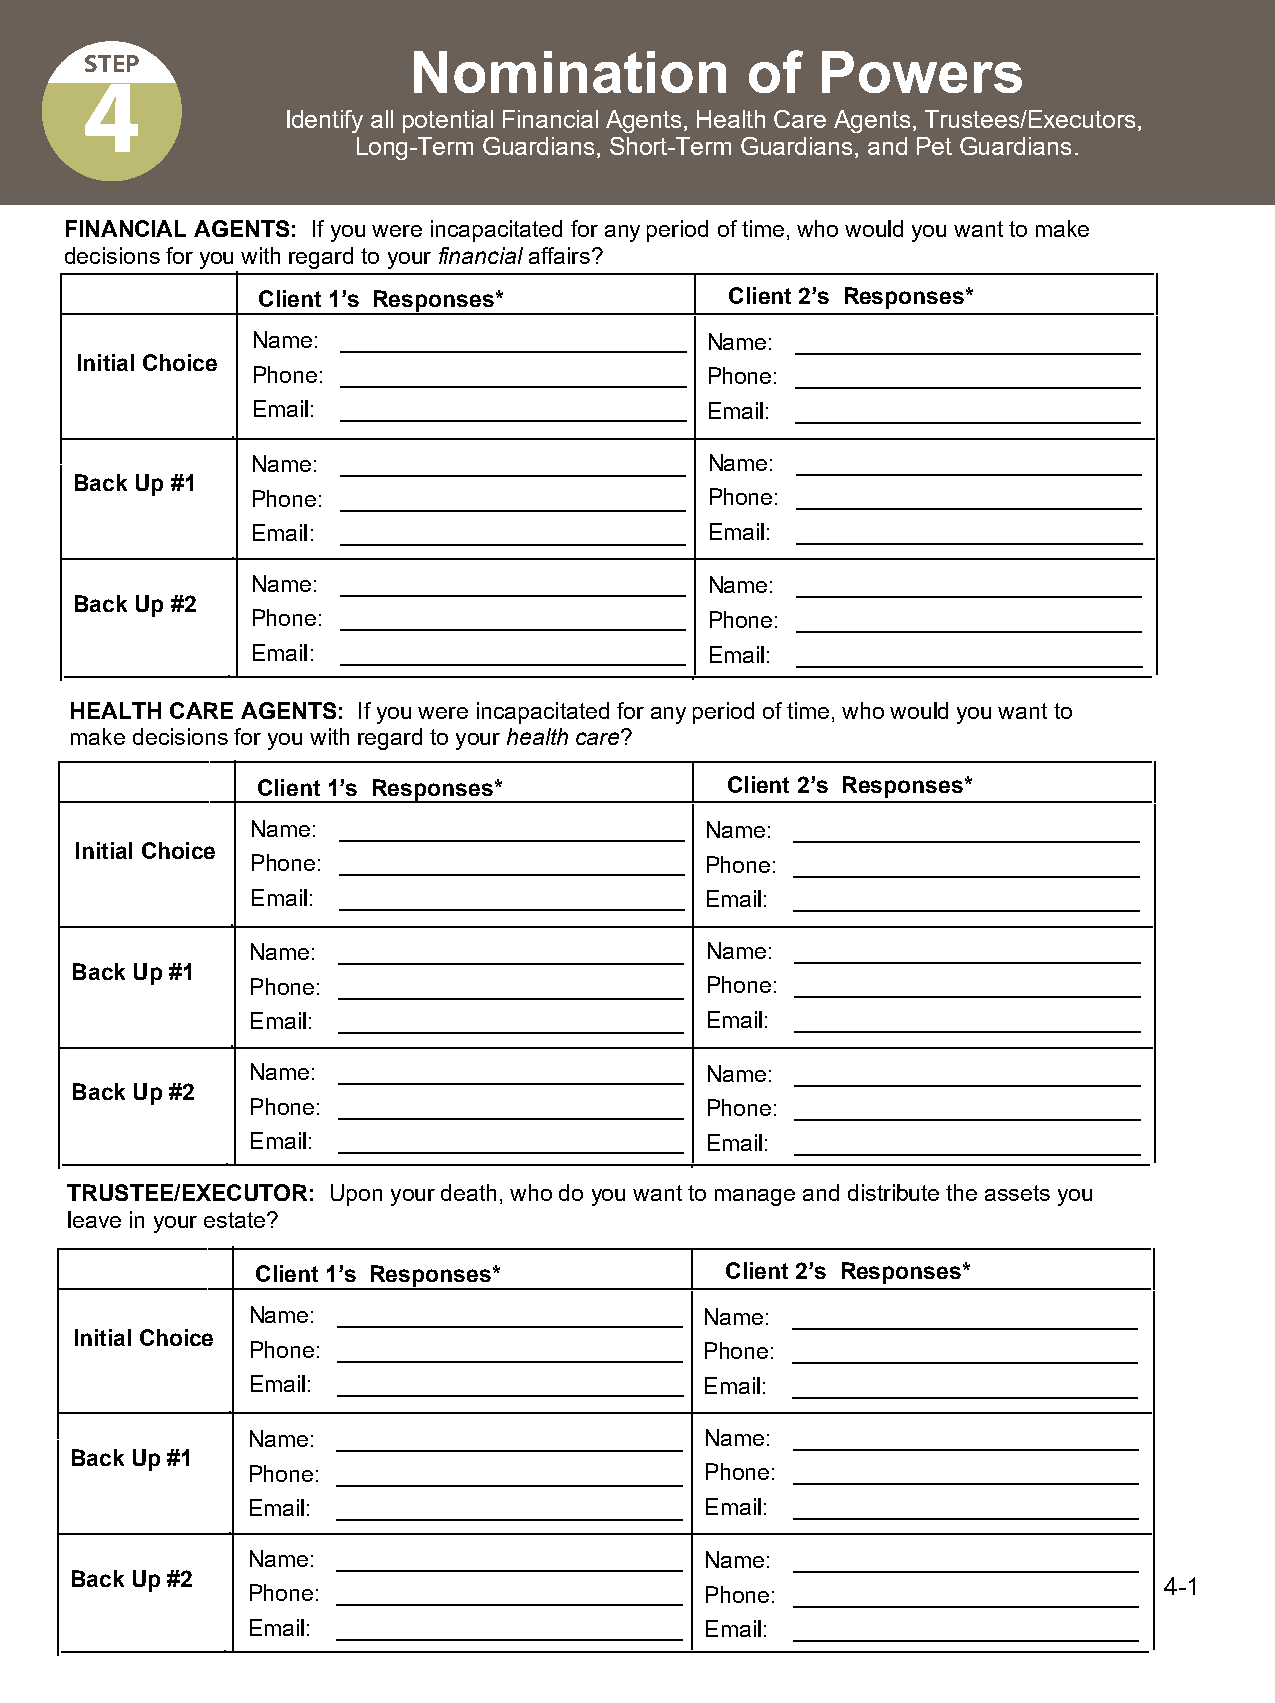
STEP                 Nomination            of   Powers
 4
 Identify all potential Financial Agents, Health Care Agents, Trustees/Executors,
 Long-Term Guardians, Short-Term Guardians, and Pet Guardians.
 FINANCIAL AGENTS: If you were incapacitated for any period of time, who would you want to make
 decisions for you with regard to your financial affairs?
 Client 1’s Responses*          Client 2’s Responses*
 Name: ___________________________ Name: ___________________________
 Initial Choice
 Phone: ___________________________ Phone: ___________________________
 Email: ___________________________ Email: ___________________________
 Name: ___________________________ Name: ___________________________
 Back Up #1
 Phone: ___________________________ Phone: ___________________________
 Email: ___________________________ Email: ___________________________
 Name: ___________________________ Name: ___________________________
 Back Up #2
 Phone: ___________________________ Phone: ___________________________
 Email: ___________________________ Email: ___________________________
 HEALTH CARE AGENTS: If you were incapacitated for any period of time, who would you want to
 make decisions for you with regard to your health care?
 Client 1’s Responses*          Client 2’s Responses*
 Name: ___________________________ Name: ___________________________
 Initial Choice
 Phone: ___________________________ Phone: ___________________________
 Email: ___________________________ Email: ___________________________
 Name: ___________________________ Name: ___________________________
 Back Up #1
 Phone: ___________________________ Phone: ___________________________
 Email: ___________________________ Email: ___________________________
 Name: ___________________________ Name: ___________________________
 Back Up #2
 Phone: ___________________________ Phone: ___________________________
 Email: ___________________________ Email: ___________________________
 TRUSTEE/EXECUTOR: Upon your death, who do you want to manage and distribute the assets you
 leave in your estate?
 Client 1’s Responses*          Client 2’s Responses*
 Name: ___________________________ Name: ___________________________
 Initial Choice
 Phone: ___________________________ Phone: ___________________________
 Email: ___________________________ Email: ___________________________
 Name: ___________________________ Name: ___________________________
 Back Up #1
 Phone: ___________________________ Phone: ___________________________
 Email: ___________________________ Email: ___________________________
 Name: ___________________________ Name: ___________________________
 Back Up #2                                                              4-1
 Phone: ___________________________ Phone: ___________________________
 Email: ___________________________ Email: ___________________________